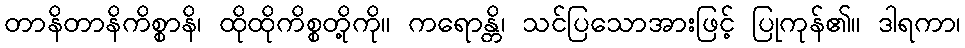
တာနိတာနိကိစ္စာနိ၊ ထိုထိုကိစ္စတို့ကို။ ကရောန္တိ၊ သင်ပြသောအားဖြင့် ပြုကုန်၏။ ဒါရကာ၊